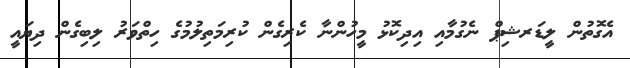
އެގޮތުން ލީޑަރޝިޕް ނެގުމާއި އިދިކޮޅު މީހުންނާ ކެރިގެން ކުރިމަތިލުމުގެ ހިތްވަރު ލިބިގެން ދިޔައީ